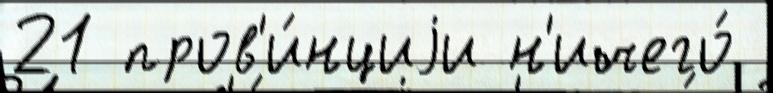
21 пров'и́нциjи н'ичего́